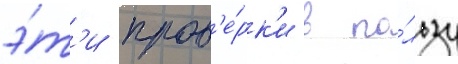
э́т'и пров'е́рк'и в по́льзу